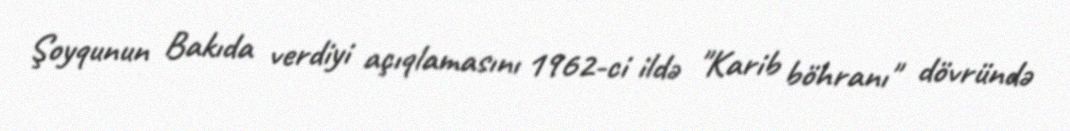
Şoyqunun Bakıda verdiyi açıqlamasını 1962-ci ildə "Karib böhranı" dövründə